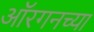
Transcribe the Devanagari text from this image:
ऑरगनच्या